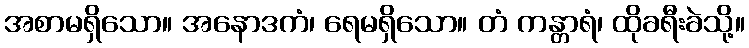
အစာမရှိသော။ အနောဒကံ၊ ရေမရှိသော။ တံ ကန္တာရံ၊ ထိုခရီးခဲသို့။